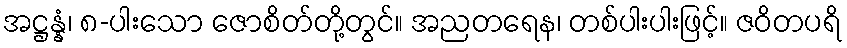
အဋ္ဌန္နံ၊ ၈-ပါးသော ဇောစိတ်တို့တွင်။ အညတရေန၊ တစ်ပါးပါးဖြင့်။ ဇဝိတပရိ